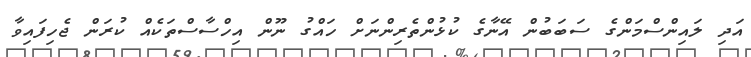
އަދި ލައިންސްމަންގެ ސަބަބުން އޭނާގެ ކުޅުންތެރިންނަށް ހައްގު ނޫން އިހްސާސްތަކެއް ކުރަން ޖެހިފައިވާ